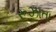
રૂઝાતા